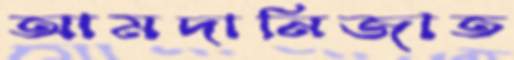
আমদানিজাত